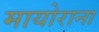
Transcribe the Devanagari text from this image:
मायोराना